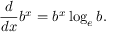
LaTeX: { \frac { d } { d x } } b ^ { x } = b ^ { x } \log _ { e } b .